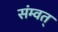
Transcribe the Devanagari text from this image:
संम्वत्